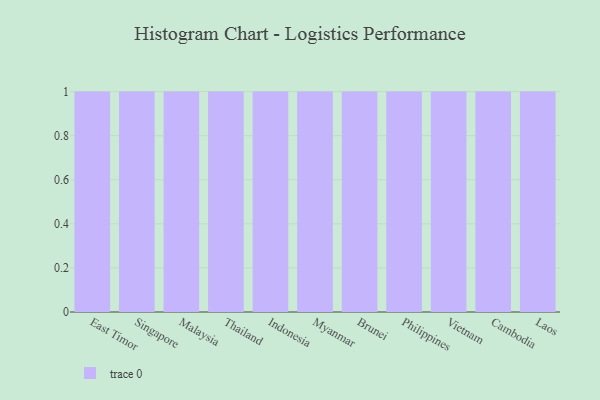
{"axis": {"x": "Country", "y": "Market Share (%)"}, "legend": [""], "data": [{"x": "East Timor", "y": 91, "type": ""}, {"x": "Singapore", "y": 10, "type": ""}, {"x": "Malaysia", "y": 16, "type": ""}, {"x": "Thailand", "y": 50, "type": ""}, {"x": "Indonesia", "y": 30, "type": ""}, {"x": "Myanmar", "y": 26, "type": ""}, {"x": "Brunei", "y": 33, "type": ""}, {"x": "Philippines", "y": 42, "type": ""}, {"x": "Vietnam", "y": 62, "type": ""}, {"x": "Cambodia", "y": 35, "type": ""}, {"x": "Laos", "y": 58, "type": ""}]}